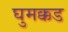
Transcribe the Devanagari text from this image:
घुमक्कड